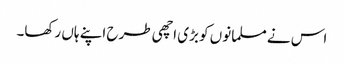
اس نے مسلمانوں کو بڑی اچھی طرح اپنے ہاں رکھا۔